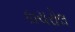
કાચરોલ